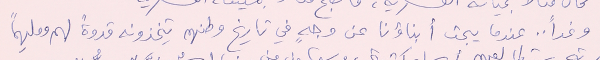
وغداً .. عندما يبحث أبناؤنا عن وجهٍ في تاريخ وطنهم يتخذونه قدوةً لهم وملهِماً